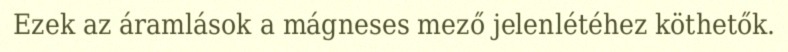
Ezek az áramlások a mágneses mező jelenlétéhez köthetők.